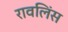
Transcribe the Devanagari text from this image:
रावलिंस